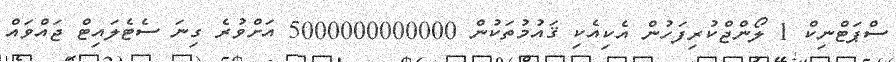
ސްޕަޓްނިކް 1 ލޯންޖްކުރިފަހުން އެކިއެކި ޤައުމުތަކުން 5000000000000 އަށްވުރެ ގިނަ ސެޓެލައިޓް ޖައްވައް